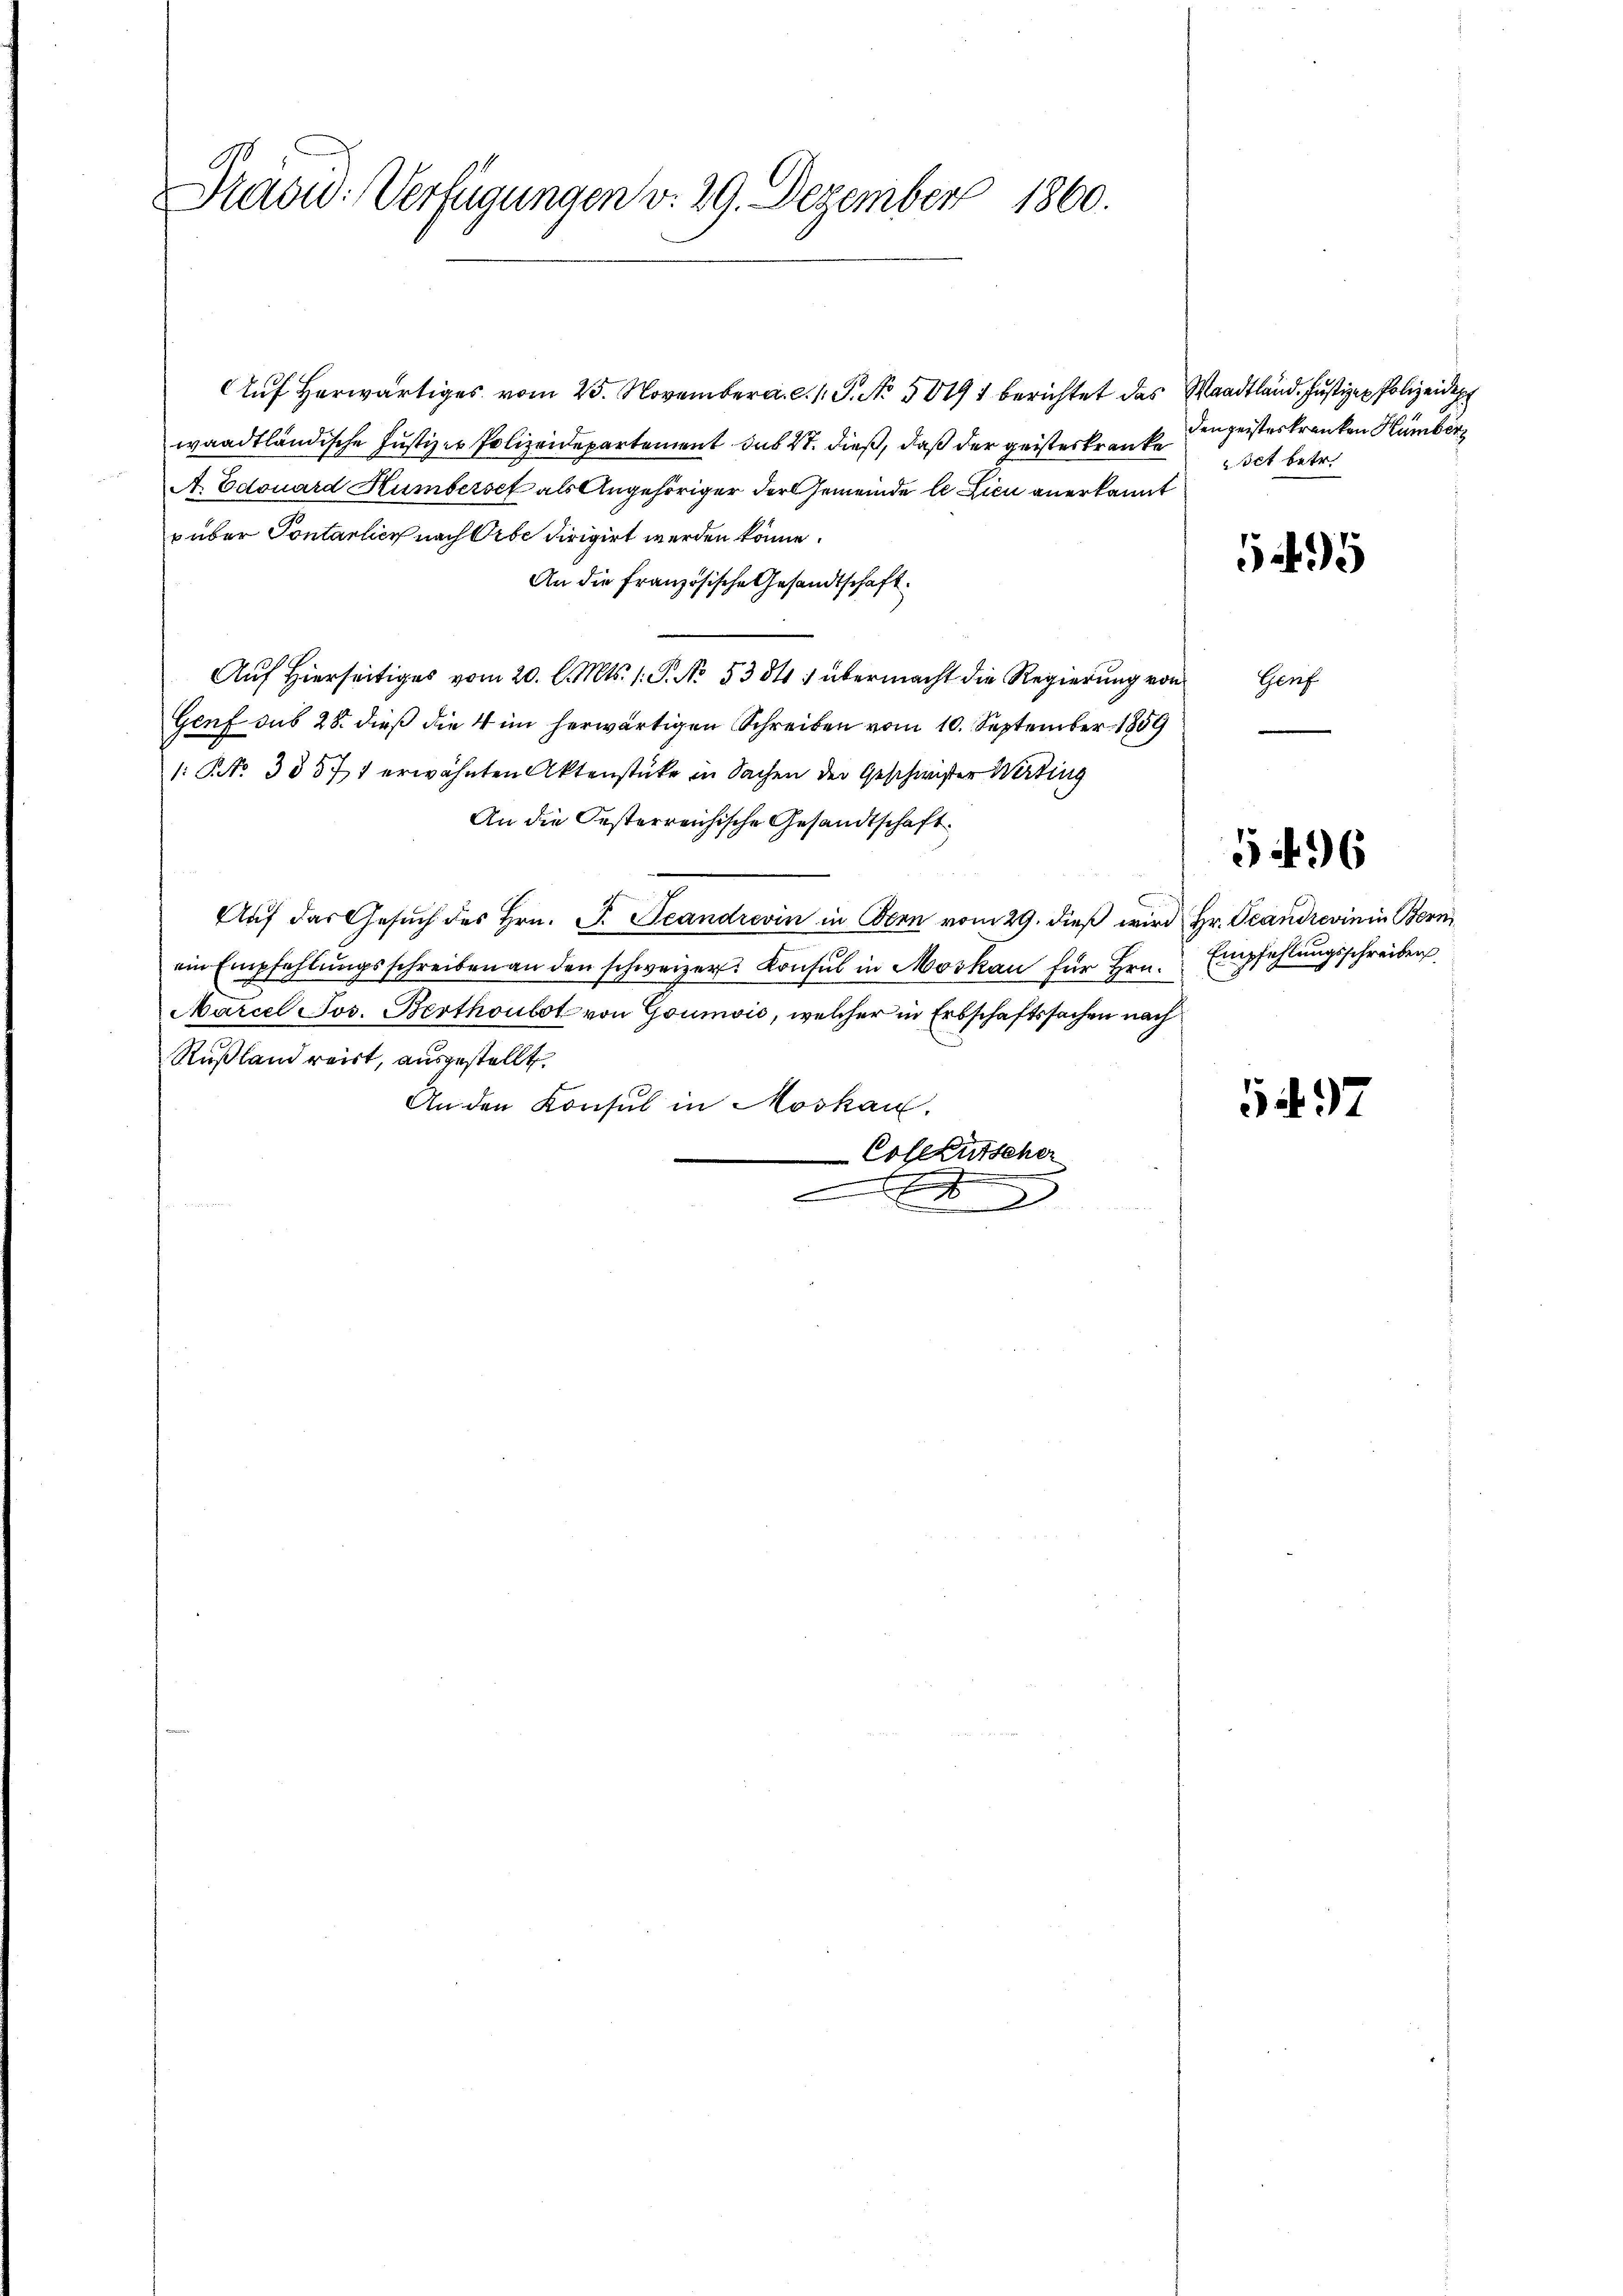
Präsid. Verfügungen v. 29. Dezember 1860.

Auf herwärtiges vom 25. November 1 S. No. 50491 berichtet das Waadtland. Justizen Polizeidep
waadtländische Justizer Polizeidepartement sub 27. dieß, daß der geisteskranke Dingeisteskranken Humber
A. Edouard Humbersch als Angehöriger der Gemeinde le Lici anerkannt
v über Contarlier nach Orbe dirigirt werden könne.
An die französische Gesandtschaft.
Auf Hierseitiges vom 20. d. Mts. 1. P. No. 5354) übermacht die Regierung von
Genf sub 28. dieß die 4 im herwärtigen Schreiben vom 10. September 1859
1: NNo. 33577 erwähnten Aktenstücke in Sachen der Geschwister Werting
An die Oesterreichische Gesandtschaft
Aŭf das Gesŭch des Hrn. F. Scandrevin in Oben vom 29. dieβ wird Hr. Grandrevinin Bern
ein Empfehlŭngsschreiben an den schweizer. Konsul in Moskau für hrn. Empfehlŭngsschreiben,
Marcel Jos. Berthoulot von Goumois, welcher in Erbschaftssachen nach
Rußland reist, ausgestellt
An den Konsul in Moskau
Colerutscher
x

set betr.

595

Genf

596

G 97